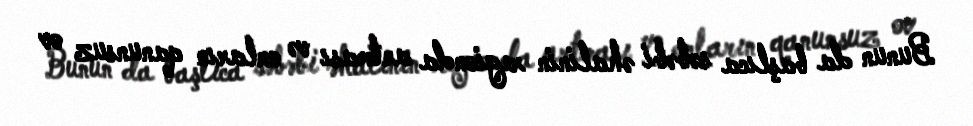
Bunun da başlıca səbəbi əhalinin regionda artması və onların qanunsuz ov